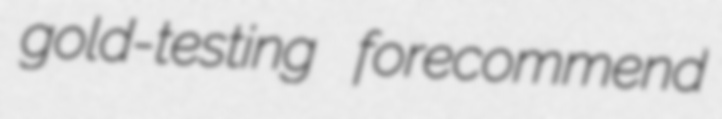
gold-testing forecommend